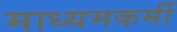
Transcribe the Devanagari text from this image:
माध्यमकर्मी